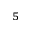
^ 5